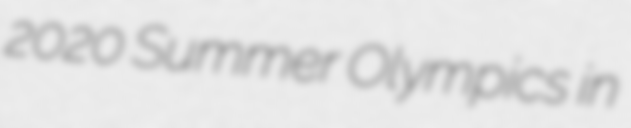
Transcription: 2020 Summer Olympics in